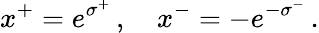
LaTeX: x^{+}=e^{\sigma^{+}}\, ,\quad x^{-}=-e^{-\sigma^{-}}\, .